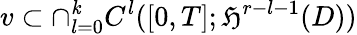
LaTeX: v\subset\cap_{l=0}^{\mathit{k}}C^{l}([0,T];\mathfrak{H}^{r-l-1}(D))